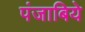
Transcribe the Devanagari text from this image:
पंजाबिये